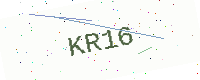
Text: KR16